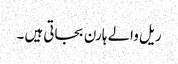
ریل والے ہارن بجاتی ہیں ۔